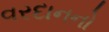
વરદાનનો